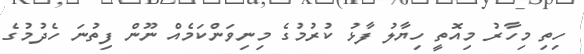
ހިތި މިހާރު މިއޮތީ ހިޔާލު ފާޅު ކުރުމުގެ މިނިވަންކަމެއް ނޫން ފިތުނަ ހެދުމުގެ